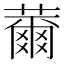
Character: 薾